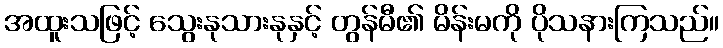
အထူးသဖြင့် သွေးနုသားနုနှင့် တွန်မီ၏ မိန်းမကို ပိုသနားကြသည်။